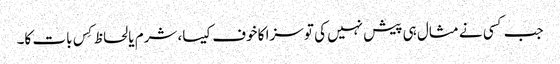
جب کسی نے مثال ہی پیش نہیں کی تو سزا کا خوف کیسا، شرم یا لحاظ کِس بات کا۔